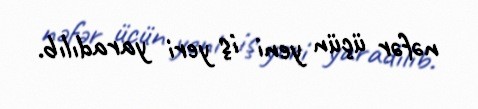
nəfər üçün yeni iş yeri yaradılıb.